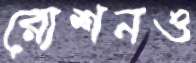
রোশনও